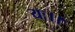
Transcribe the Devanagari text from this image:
यः।।